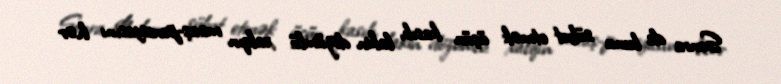
Sonra da bunu sübut etmək üçün kasıb, lakin dözümlü xalqın maaş-pensiyasını hər